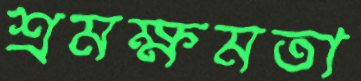
শ্রমক্ষমতা